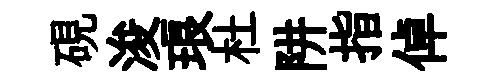
硯浚琅杜阱指倬